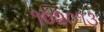
૧૦૨૦૧૩